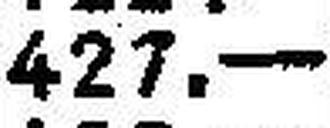
427.—